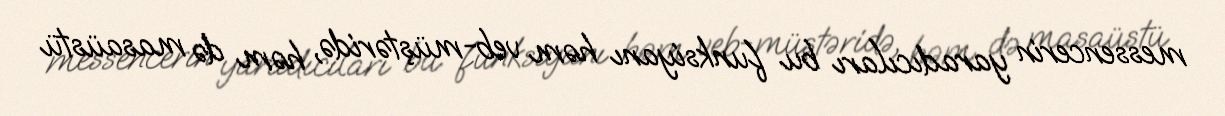
messencerin yaradıcıları bu funksiyanı həm veb-müştəridə, həm də masaüstü